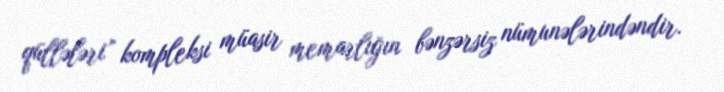
qüllələri” kompleksi müasir memarlığın bənzərsiz nümunələrindəndir.